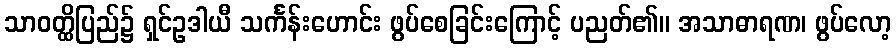
သာဝတ္ထိပြည်၌ ရှင်ဥဒါယီ သင်္ကန်းဟောင်း ဖွပ်စေခြင်းကြောင့် ပညတ်၏။ အသာဓာရဏ၊ ဖွပ်လော့